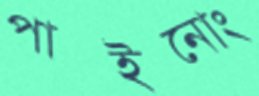
পাইনোং